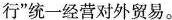
行”统一经营对外贸易。